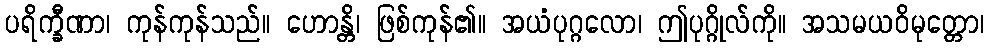
ပရိက္ခီဏာ၊ ကုန်ကုန်သည်။ ဟောန္တိ၊ ဖြစ်ကုန်၏။ အယံပုဂ္ဂလော၊ ဤပုဂ္ဂိုလ်ကို။ အသမယဝိမုတ္တော၊